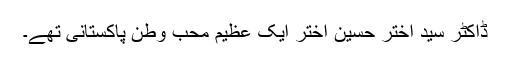
ڈاکٹر سید اختر حسین اختر ایک عظیم محب وطن پاکستانی تھے۔